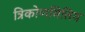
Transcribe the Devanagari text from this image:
त्रिकोणमित्तिय